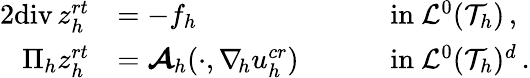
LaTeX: \begin{array}{rlrl}{{2}\textup{div}\, z_{h}^{\textit{rt}}}&{=-f_{h}}&&{\quad\mathrm{~in~}\mathcal{L}^{0}(\mathcal{T}_{h})\, ,}\\ {\Pi_{h}z_{h}^{\textit{rt}}}&{=\boldsymbol{\mathcal{A}}_{h}(\cdot,\nabla_{\! h}u_{h}^{\textit{cr}})}&&{\quad\mathrm{~in~}\mathcal{L}^{0}(\mathcal{T}_{h})^{d}\, .}\end{array}